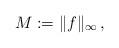
LaTeX: \begin{align*}M:=\|f\|_\infty\,,\end{align*}